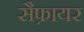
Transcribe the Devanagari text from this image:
सैफ़ायर